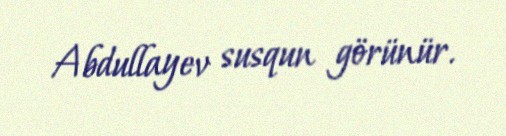
Abdullayev susqun görünür.